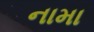
નામા